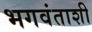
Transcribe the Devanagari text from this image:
भगवंताशी